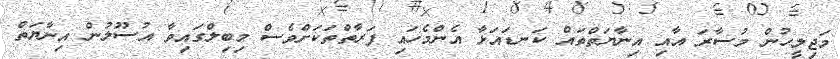
މަޖިލީހުން މުސާރަ އާއި އިނާޔަތްތައް ކަނޑައަޅާ އެންމެހައި ފަރާތްތަކަށްވެސް މިބިލްގައިވާ އުސޫލުން އިނާޔަތް